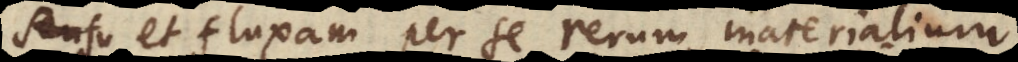
et fluxam per se rerum materialium